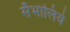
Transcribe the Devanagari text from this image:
सँभालिये